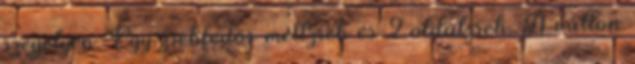
szegélyen. Egy zsebfedős mellzseb és 2 oldalzseb. A vállon